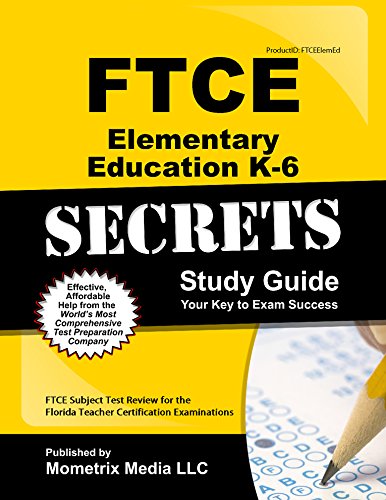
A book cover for FTCE Elementary Education K-6 Secrets Study Guide: FTCE Test Review for the Florida Teacher Certification Examinations; FTCE Exam Secrets Test Prep Team; Test Preparation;